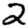
Digit: 2